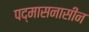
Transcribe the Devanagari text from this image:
पद्मासनासीन